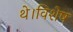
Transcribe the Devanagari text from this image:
थे।विशेष